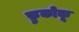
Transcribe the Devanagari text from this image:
फ़ुकोकू